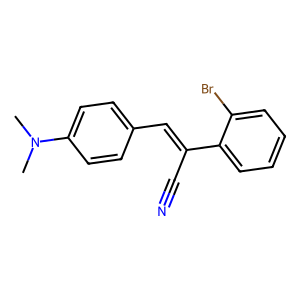
SMILES: CN(C)c1ccc(C=C(C#N)c2ccccc2Br)cc1
Inhibits HIV replication: Yes